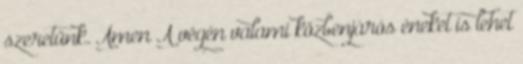
szeretünk. Ámen A végén valami közbenjárós éneket is lehet